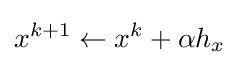
x^{k+1}\leftarrow x^{k}+\alpha h_{x}